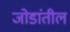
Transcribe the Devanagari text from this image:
जोडांतील